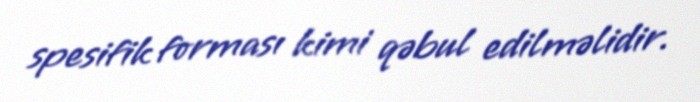
spesifik forması kimi qəbul edilməlidir.